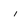
Character: i